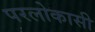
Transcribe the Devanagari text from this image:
परलोकासी